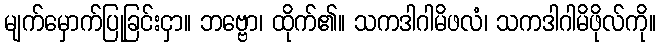
မျက်မှောက်ပြုခြင်းငှာ။ ဘဗ္ဗော၊ ထိုက်၏။ သကဒါဂါမိဖလံ၊ သကဒါဂါမိဖိုလ်ကို။